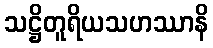
သဋ္ဌိတူရိယသဟဿာနိ